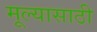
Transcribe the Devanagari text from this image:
मूल्यासाठी